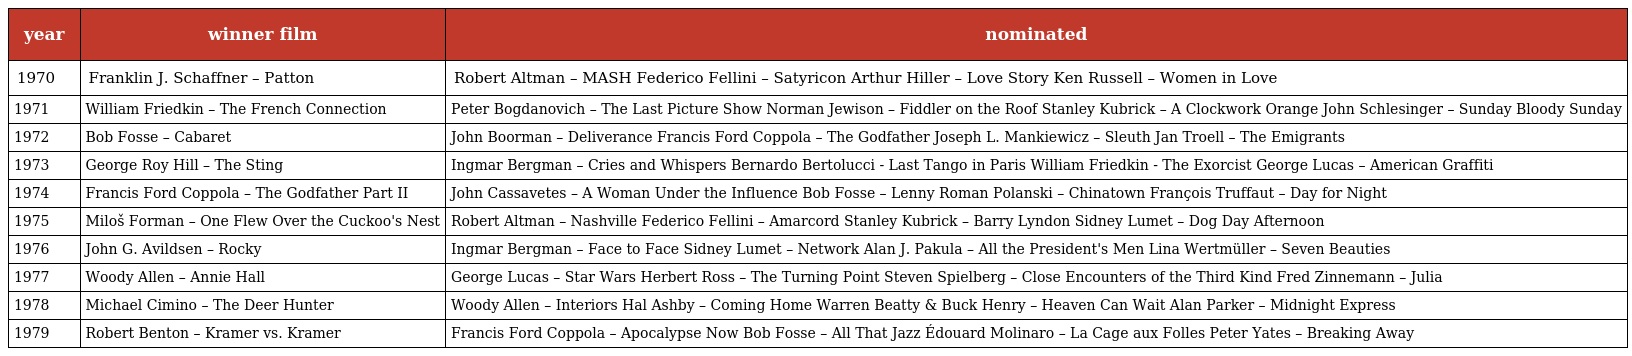
| year | winner film | nominated |
 | --- | --- | --- |
 | 1970 | Franklin J. Schaffner – Patton | Robert Altman – MASH Federico Fellini – Satyricon Arthur Hiller – Love Story Ken Russell – Women in Love |
 | 1971 | William Friedkin – The French Connection | Peter Bogdanovich – The Last Picture Show Norman Jewison – Fiddler on the Roof Stanley Kubrick – A Clockwork Orange John Schlesinger – Sunday Bloody Sunday |
 | 1972 | Bob Fosse – Cabaret | John Boorman – Deliverance Francis Ford Coppola – The Godfather Joseph L. Mankiewicz – Sleuth Jan Troell – The Emigrants |
 | 1973 | George Roy Hill – The Sting | Ingmar Bergman – Cries and Whispers Bernardo Bertolucci - Last Tango in Paris William Friedkin - The Exorcist George Lucas – American Graffiti |
 | 1974 | Francis Ford Coppola – The Godfather Part II | John Cassavetes – A Woman Under the Influence Bob Fosse – Lenny Roman Polanski – Chinatown François Truffaut – Day for Night |
 | 1975 | Miloš Forman – One Flew Over the Cuckoo's Nest | Robert Altman – Nashville Federico Fellini – Amarcord Stanley Kubrick – Barry Lyndon Sidney Lumet – Dog Day Afternoon |
 | 1976 | John G. Avildsen – Rocky | Ingmar Bergman – Face to Face Sidney Lumet – Network Alan J. Pakula – All the President's Men Lina Wertmüller – Seven Beauties |
 | 1977 | Woody Allen – Annie Hall | George Lucas – Star Wars Herbert Ross – The Turning Point Steven Spielberg – Close Encounters of the Third Kind Fred Zinnemann – Julia |
 | 1978 | Michael Cimino – The Deer Hunter | Woody Allen – Interiors Hal Ashby – Coming Home Warren Beatty & Buck Henry – Heaven Can Wait Alan Parker – Midnight Express |
 | 1979 | Robert Benton – Kramer vs. Kramer | Francis Ford Coppola – Apocalypse Now Bob Fosse – All That Jazz Édouard Molinaro – La Cage aux Folles Peter Yates – Breaking Away |